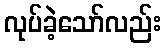
လုပ်ခဲ့သော်လည်း